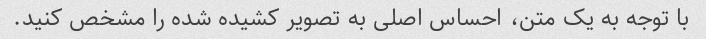
با توجه به یک متن، احساس اصلی به تصویر کشیده شده را مشخص کنید.